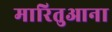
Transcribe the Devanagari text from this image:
मारितुआना